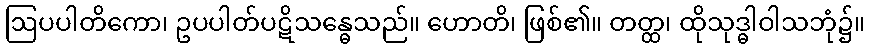
ဩပပါတိကော၊ ဥပပါတ်ပဋိသန္ဓေသည်။ ဟောတိ၊ ဖြစ်၏။ တတ္ထ၊ ထိုသုဒ္ဓါဝါသဘုံ၌။